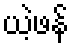
ယဲ့ဖန်